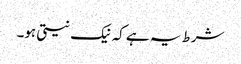
شرط یہ ہے کہ نیک نیتی ہو۔